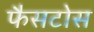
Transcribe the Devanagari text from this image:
फैसटोस